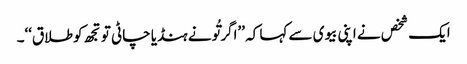
ایک شخص نے اپنی بیوی سے کہا کہ ’’اگر تُونے ہنڈیا چاٹی تو تجھ کو طلاق‘‘۔